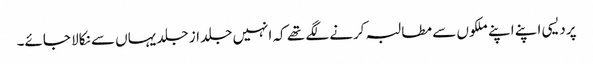
پردیسی اپنے اپنے ملکوں سے مطالبہ کرنے لگے تھے کہ انہیں جلد از جلد یہاں سے نکالا جائے۔